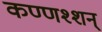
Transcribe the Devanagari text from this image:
कण्णश्शन्